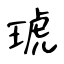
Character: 琥